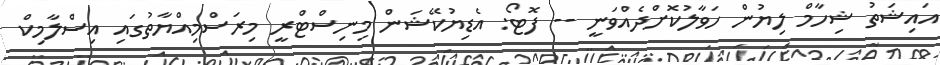
އައިޝަތު ޝިހާމް ލިޔުން ހަވާލުކޮށްދެއްވަނީ -- ފޮޓޯ: އެޑިޔުކޭޝަން މިނިސްޓްރީ މިރަސްމިއްޔާތުގައި އިސްލާމިކް